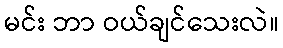
မင်း ဘာ ဝယ်ချင်သေးလဲ။